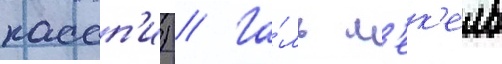
кассп'и) // Га́ль м'ек'ель